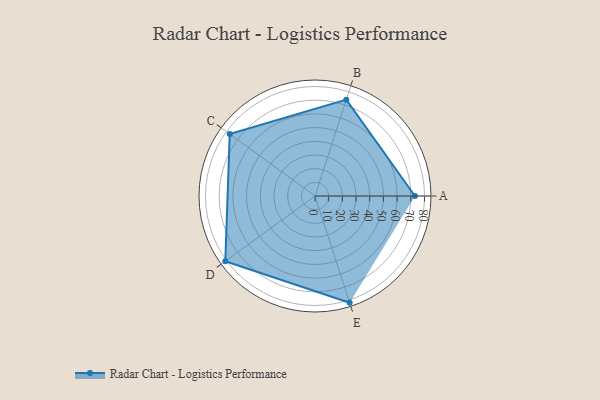
{"axis": {"x": "Skill", "y": "Score"}, "legend": ["Profile"], "data": [{"x": "A", "y": 73.0, "type": "Profile"}, {"x": "B", "y": 74.0, "type": "Profile"}, {"x": "C", "y": 77.0, "type": "Profile"}, {"x": "D", "y": 81.0, "type": "Profile"}, {"x": "E", "y": 82.0, "type": "Profile"}]}